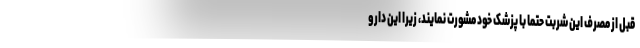
قبل از مصرف این شربت حتما با پزشک خود مشورت نمایند، زیرا این دارو